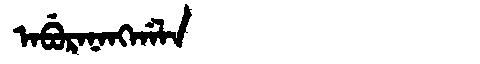
Manchu: ᠠᠪᡠᡵᠠᠨᠠᠩᡤᠠᠯᠠ
Romanization: ABURANANGGALA